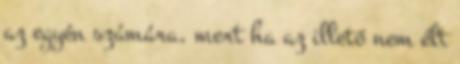
az egyén számára, mert ha az illető nem élt